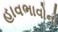
હાવભાવોનો